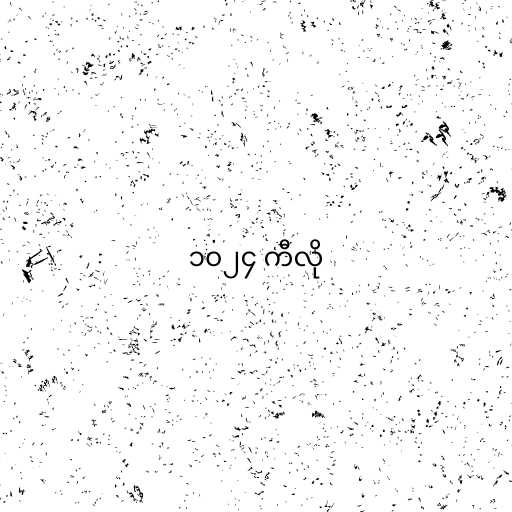
၁၀၂၄ ကီလို